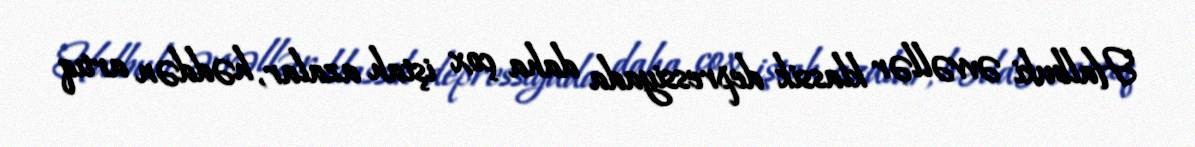
Halbuki əvvəllər klassik depressiyada daha çox iştah azalar, həddən artıq